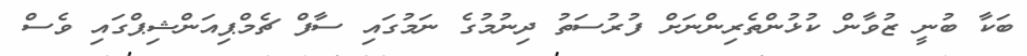
ބަކާ ބުނީ ޒުވާން ކުޅުންތެރިންނަށް ފުރުސަތު ދިނުމުގެ ނަމުގައި ސާފް ޗެމްޕިއަންޝިޕްގައި ވެސް